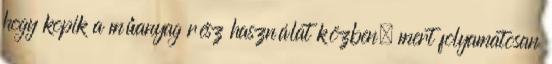
hogy kopik a műanyag rész használat közben, mert folyamatosan